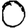
Digit: 0